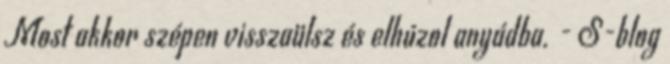
Most akkor szépen visszaülsz és elhúzol anyádba. - S-blog